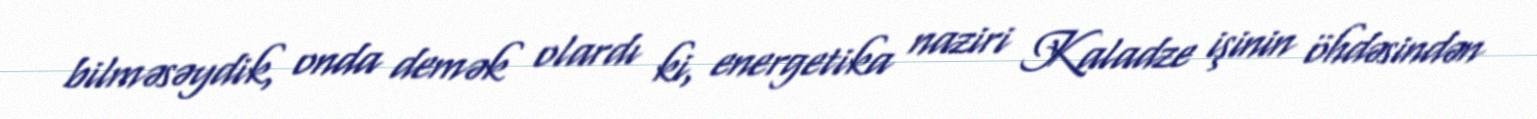
bilməsəydik, onda demək olardı ki, energetika naziri Kaladze işinin öhdəsindən